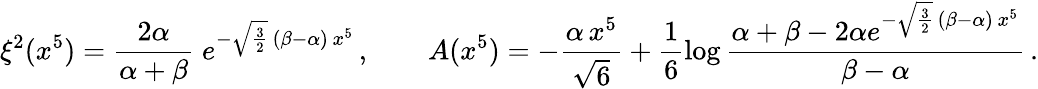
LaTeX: \xi^{2}(x^{5})=\frac{2\alpha}{\alpha+\beta}\; e^{-\sqrt{\frac 32}\, (\beta-\alpha)\, x^{5}}\, ,\qquad A(x^{5})=-\frac{\alpha\, x^{5}}{{\sqrt{6}}}+\frac{1}{6}\log\frac{\alpha+\beta-2\alpha e^{-\sqrt{\frac{3}{2}}\, (\beta-\alpha)\, x^{5}}}{\beta-\alpha}\, .